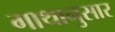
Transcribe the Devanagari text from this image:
गाथानुसार